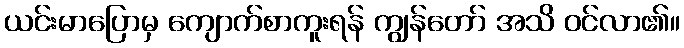
ယင်းမာပြောမှ ကျောက်စာကူးရန် ကျွန်တော် အသိ ဝင်လာ၏။